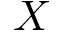
X